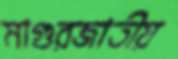
মাগুরজাতীয়